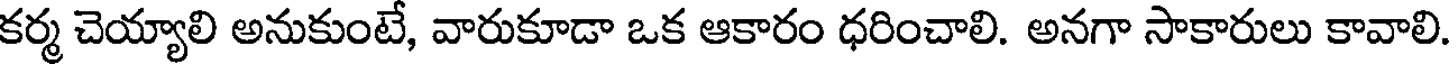
కర్మ చెయ్యాలి అనుకుంటే, వారుకూడా ఒక ఆకారం ధరించాలి. అనగా సాకారులు కావాలి.